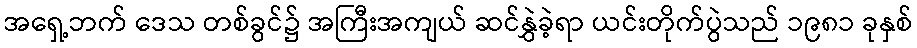
အရှေ့ဘက် ဒေသ တစ်ခွင်၌ အကြီးအကျယ် ဆင်နွှဲခဲ့ရာ ယင်းတိုက်ပွဲသည် ၁၉၈၁ ခုနှစ်